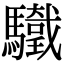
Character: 𩧀